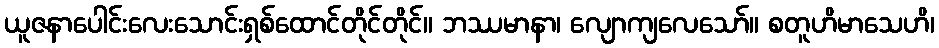
ယူဇနာပေါင်းလေးသောင်းရှစ်ထောင်တိုင်တိုင်။ ဘဿမာနာ၊ လျောကျလေသော်။ စတူဟိမာသေဟိ၊